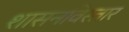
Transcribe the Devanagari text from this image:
शासनविस्तार